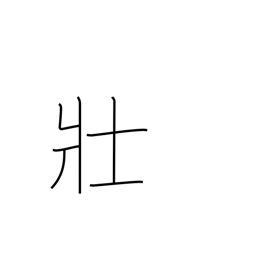
Meaning: name of tribe